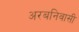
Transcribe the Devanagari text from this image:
अरबनिवासी